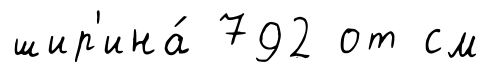
шир'ина́ 792 от см